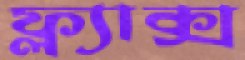
ফ্ল্যাক্স